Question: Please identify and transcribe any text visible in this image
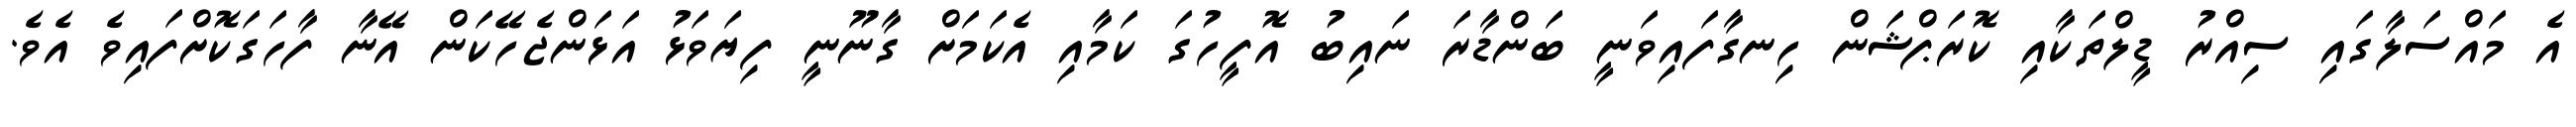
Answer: އެ މައްސަލާގައި ސިއްރު ޑީލްތަކާއި ކޮރަޕްޝަން ހިނގާފައިވަނީ ބަންޑާރަ ނައިބު އޮފީހުގަ ކަމާއި އެކަމަށް ގާނޫނީ ފިޔަވަޅު އަޅަންޖެހޭކަން އޭނާ ފާހަގަކޮށްފައިވެ އެވެ.